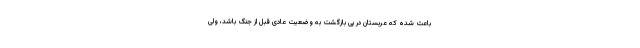
باعث شده که عربستان در پی بازگشت به وضعیت عادی قبل از جنگ باشد، ولی